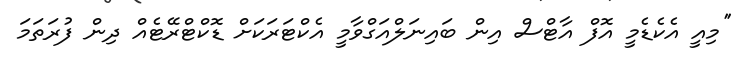
''މިއީ އެކެޑެމީ އޮފް އާޓްސް އިން ބައިނަލްއަގްވާމީ އެކްޓަރަކަށް ޑޮކްޓްރޭޓެއް ދިން ފުރަތަމަ